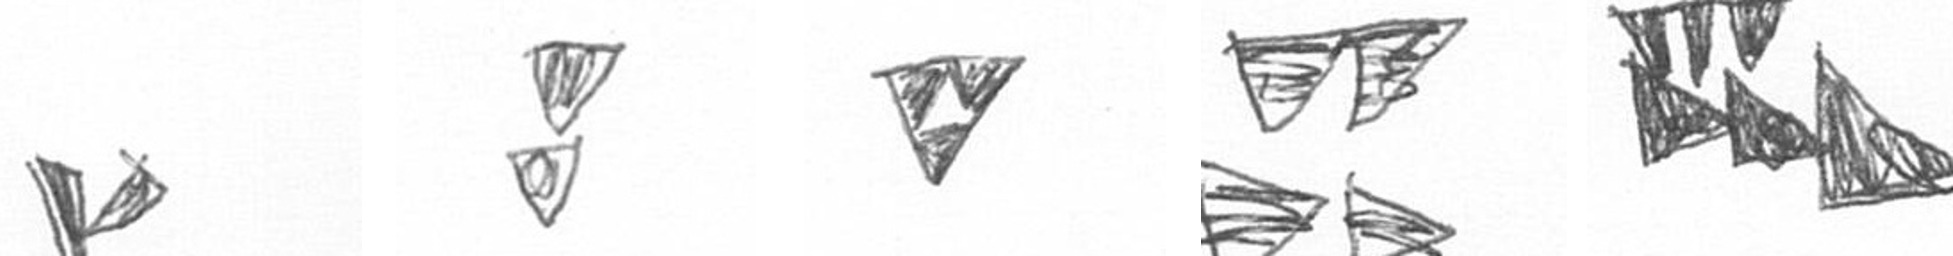
F Z S B D